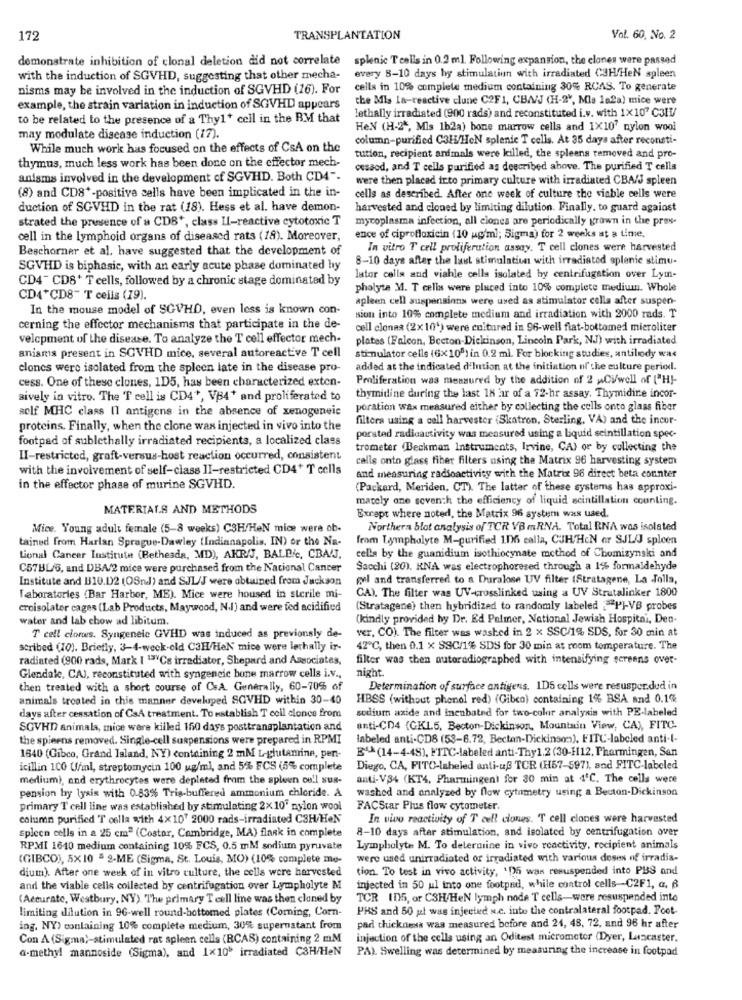
172
TRANSPLANTATION
Vol. 60, No. 2
demonstrate inhibition of clonal deletion did not correlate splenic T cells in 0.2 ml. Following expansion, the clones were passed
every 8-10 days by stimulation with irradiated C3HHeN spleen
with the induction of SGVHD, suggesting that other mecha-
nisms may be involved in the induction of SGVHD (16). For
cells in 10% complete medium containing 30% RCAS. To generate
the Mis la-reactive clune C2F 1, CBA/J (H-24, Mis la2a) mice were
example, the strain variation in induction of SGVHD appears
to be related to the presence of a Thy1+ cell in the BM that
Lethally irradiated (900 rads) and reconstituted i.v. with 1X107 C3IV
He.N (H-2", Mis 1b2a) bone marrow cells and 1X10' nylon wool
may modulate disease induction (17).
column-purified C3H/HeN splenic T cells. At 35 days after reconsti-
While much work has focused on the effects of CsA on the
thymus, much less work has been done on the effector mech-
tution, recipient animals were killed, the spleens removed and pro-
cesaod, and T cells purified as described above. The purified T cells
anismas involved in the development of SGVHD. Both CD4"-
were then placed into primary culture with irradiated CBA/J spleen
(8) and CD8+-positive cells have been implicated in the in-
cells as described. After one week of culture the viable cells were
duction of SGVHD in the rat (18). Hess et al. have demon-
harvested and cloned by limiting dilution. Finally, to guard against
strated the presence of a CD8+, class II-reactive cytotoxic T
mycoplasma infection, all ciones are periodically grown in the pres-
cell in the lymphoid organs of diseased rats (18). Moreover,
ence of ciprofloxicin (10 ug'ml; Sigma) for 2 weeks at a time.
Beschorner et al. have suggested that the development of
In vitro T cell proliferation assay. T cell clones were harvested
8-10 days after the last stimulation with irradiated splenic stimu-
SGVHD is biphasic, with an early acute phase dominated hy
CD4- CD8+ T cells, followed by a chronic stage dominated by
lator cells and viahle cells isolated by centrifugation over Lym-
pholyte M. T cells were placed into 10% complete medium. Whole
CD4*CD8" T cells (19).
apleen cell suspensions were used as stimulator cella after suspen-
In the mouse model of SGVHD, even less is known con-
sion into 10% complete medium and irradiation with 2000 rads. T
cerning the effector mechanisms that participate in the de-
cell clonaa (2x10') were cultured in 96-well flat-bottomed mieroliter
velcpment of the disease. To analyze the T cell effector mech-
plates (Falcon, Becton-Dickinson, Lincoln Park, N.J) with irradiated
anisms present in SGVHD mice, several autoreactive T cell
stimulator cells (6x100) in 0.2 ml. For blocking studies, antilody was
clones were isolated from the spleen late in the disease pro-
added at the indicated d'lution at the initiation of the culture period.
cess. One of these clones, 1D5, has been characterized exten-
Proliferation was mensured by the addition of 2 wCVwell of ["HI-
sively in vitro. The 'T cell is CD4+, VB4+ and proliferated to
thymidine during the last 18 ar of a 72-hr assay, Thymidine incor-
self MHC class Il antigens in the absence of xenogeneic
poration Wax measured either by collecting the cells onto glass fiber
filters using a cell harvester (Skatron, Sterling, VA) and the incor-
proteins. Finally, when the clone was injected in vivo into the
footpad of sublethally irradiated recipients, a localized class
porated radioactivity was measured using a Liquid seintillation spec-
trometer (Beckman Instruments, Irvine, CA) or by collecting the
II-restricted, graft-versus-host reaction occurred, consistent
calle onto glass fiber filters using the Matrix 96 harvesting system
with the involvement of self-class II-restricted CD4+ T cells
and measuring radioactivity with the Matrix 96 direct beta counter
in the effector phase of murine SGVHD.
(Packard, Meriden, CT). The latter of these systems has approxi-
mately one seventh the efficiency of liquid scintillation counting.
MATERIALS AND METHODS
Except where noted, the Matrix 96 system was used.
Mice. Young adult female (5-8 weeks) C3H/HeN mice were ob-
Northern blot analysis of TCR VBmRNA. Total RNA was isolated
tained from Harlan Sprague-Dawley (Indianapolis. IN) or the Na-
from Lympholyte M-purified 1.06 calla, CJH/HcN or SJL/J spleen
Lional Cancer Institute (Bethesda, MD), AKRAJ, BALD', CBA!J.
cella by the guanidium isothiocynate method of Chomizynski and
C57BL/6, and DBA/2 mice were purchased from the National Cancer
Sacchi (20). KNA was electrophoresed through a 1% formaldehyde
Institute and B10.12 (OSndl) and SJL/J were obtained from Jackson
gel and transferred to a Duralose UV filter (Stratagene, La Jolla,
CA). The filter was UV-crosslinked using a UV Strutalinker 1800
Laboratories (Bar Harbor, ME). Mice were housed in sterile mi-
croisolater cages (Lab Products, Maywood, N.I) and were fed acidified
(Stratagene) then hybridized to randomly labeled :"P]-VB probes
water and lab chow ad libitum.
(kindly provided by Dr. Ed Palmer, National Jewish Hospital, Den-
ver, CO). The filter was washed in 2 x SSC/1% SDS, for 30 min at
T cell clorwes. Syngeneic GVHD was induced as previously de-
scribed (10). Briefly, 3-4-weck-old C3H/HeN' mice were lechally ir-
42℃, then 0.1 x SSC/1% SDS for 30 min at room temperature. The
radiated (900 rads, Mark | 13"Cs irradiater, Shepard and Associates,
filter was then autoradiographed with intensifying screens over-
night.
Glendale, CAJ, reconstituted with syngeneic bone marrow cells i.v .,
then treated with a short course of CeA. Generally, 60-70% of
Determination of surface antigens, 1DS cells were resuspor.dud in
animals treated in this manner developed SCVHD within 30-40
HBSS (without phenol red) (Gibca) containing 1% BSA and 0.1%
sodium axide and inenbated for two-color analysis with PE-labeled
days after cessation of CaA treatment. To establish T ccil clonce from
SGVHD animala, mice were killed 160 days posttransplantation and
anti-CD4 (GKL.5, Becton-Dickinson, Mountain View, CA), FITC.
the spieens removed. Single-cell suspensions were prepared in RPMI
labeled anti-CD8 (53-6.72, Bectan-Dickinson), FITC-labeled anti-I-
E4A(14-4-48), FITC-labeled anti-Thy1.2(30-1112, Pharmingen, San
1640 (Gibco, Grand Island, NY) containing 2 mM L-glutamine, pen-
icillin 100 U/ml, streptomycin 100 ug/ml, and 5% FCS (5% complete
Diego, CA, FITO-labeled anti-uß TOR (H57-597), and FITC-labeled
medium), and erythrocytes were depleted from the spleen cell sus-
anti-V34 (KT4, Pharmingent for 30 min at 4ºC. The cells were
pension hy lysis with 0-83% Tris-buffered ammonium chloride. A
washed and analyzed by flow cytometry using a Becton-Dickinson
primary T cell line was established by stimulating 2×10" nylon wool
FACStar Plus flow cytometer.
column purified 'T cella with 4x107 2000 rads-irradiated C3H/HeN
In vivo reactivity of T cell ciones. T cell clones were harvested
8-10 days after stimulation, and isolated by centrifugation over
spleen cells in a 25 cm2 (Costar, Cambridge, MA) flask in complete
RPMII 1640 medium containing 10% FCS, 0.5 mM sodium pyruvate
Lympholyte M. To determine in vivo reactivity, recipient animals
(GIBCO), 5X10 8 2-ME (Sigma, St. Louis, MO) (10% complete me-
were used unirradiated or irradiated with various doses of irradia-
dium). After one week of in vitro culture, the cells were harvested
tion. To test in vivo activity, '05 was resuspended into PBS and
and the viable celis collected by centrifugation over Lympholyte M
injected in 50 ul into one footpad, while control cells-C2F1, a, B
(Accurate, Westbury, NY). The primary Teell line was then cluned by
TCR 105, or CSH/HeN lymph node T cells-were resuspended into
limiting dilution in 96-well round-bottomed plates (Corning, Corn-
PHS and 50 ut was injected s.c. into the contralateral footpad. Foot-
ing. NY) containing 10% complete medium, 30% supernatant from
pad thickness was measured before and 24, 48, 72, and 96 hr after
Con A (Sigma)-stimulated rat spleen cells (RCAS) containing 2 mM
injection of the cells using an Oditest micrometer (Dyer, Lancaster.
a-methyl mannoside (Sigma), and 1x105 irradiated C3H/HeN
PA). Swelling was determined by measuring the increase in footpad